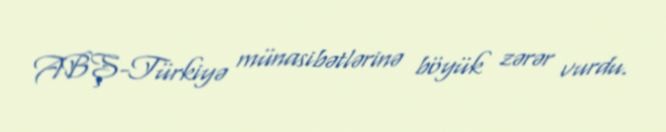
ABŞ-Türkiyə münasibətlərinə böyük zərər vurdu.